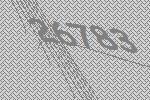
26783